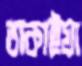
তাকাইয়া